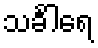
သင်္ခါရေ